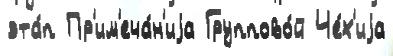
эта́п Пр'им'еча́н'иjа Группово́й Че́х'иjа